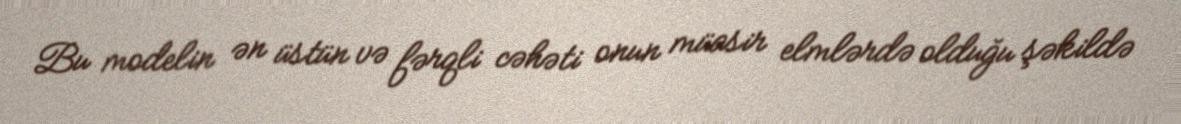
Bu modelin ən üstün və fərqli cəhəti onun müasir elmlərdə olduğu şəkildə